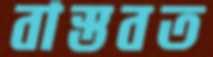
বাস্তবত